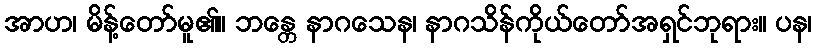
အာဟ၊ မိန့်တော်မူ၏။ ဘန္တေ နာဂသေန၊ နာဂသိန်ကိုယ်တော်အရှင်ဘုရား။ ပန၊